Vaccination in Burma 1912-1922 - 1912-1922
Year: 1912
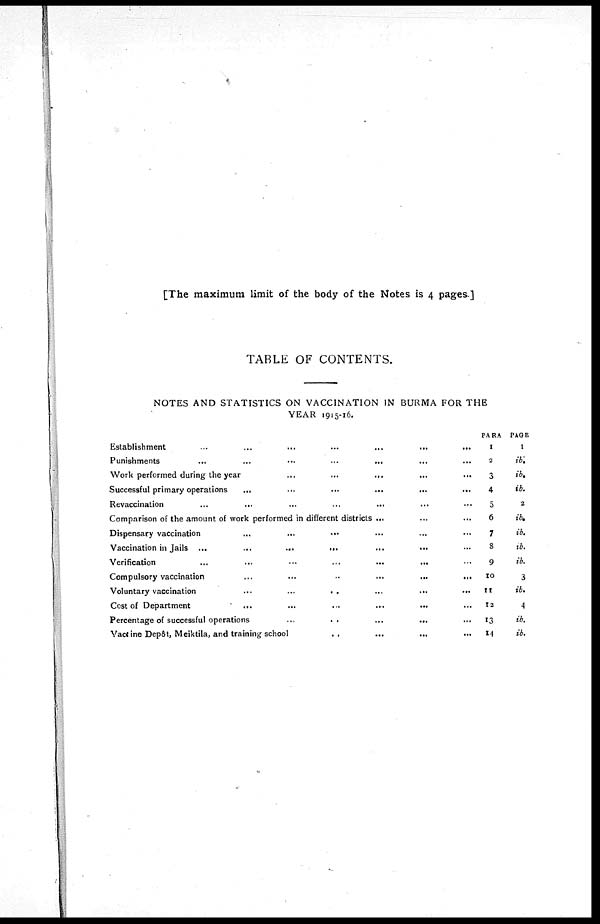
[The maximum limit of the body of the Notes is 4 pages.]
TABLE OF CONTENTS.
NOTES AND STATISTICS ON VACCINATION IN BURMA FOR THE
YEAR 1915-16.
Establishment
...
...
...
...
...
...
...
Punishments
...
...
...
...
...
...
...
Work performed during the year
...
...
...
...
...
...
...
Successful primary operations
...
...
...
...
...
...
...
Revaccination ... ... ... ... ... ... ...
Comparison of the amount of work performed in different districts ... ... ...
Dispensary vaccination
...
...
...
...
...
...
Vaccination in Jails
...
...
...
...
...
...
...
Verification
...
...
...
...
...
...
...
Compulsory vaccination
...
...
...
...
...
...
...
Voluntary vaccination
...
...
...
...
...
...
...
Cost of Department ... ... ... ... ... ... ...
Percentage of successful operations
...
...
...
...
...
Vaccine Depôt, Meiktila, and training
school...
...
...
...
PARA
1
2
3
4
5
6
7
8
9
10
11
12
13
14
PAGE
1
ib.
ib.
ib.
2
ib.
ib.
ib.
ib.
3
ib.
4
ib.
ib.